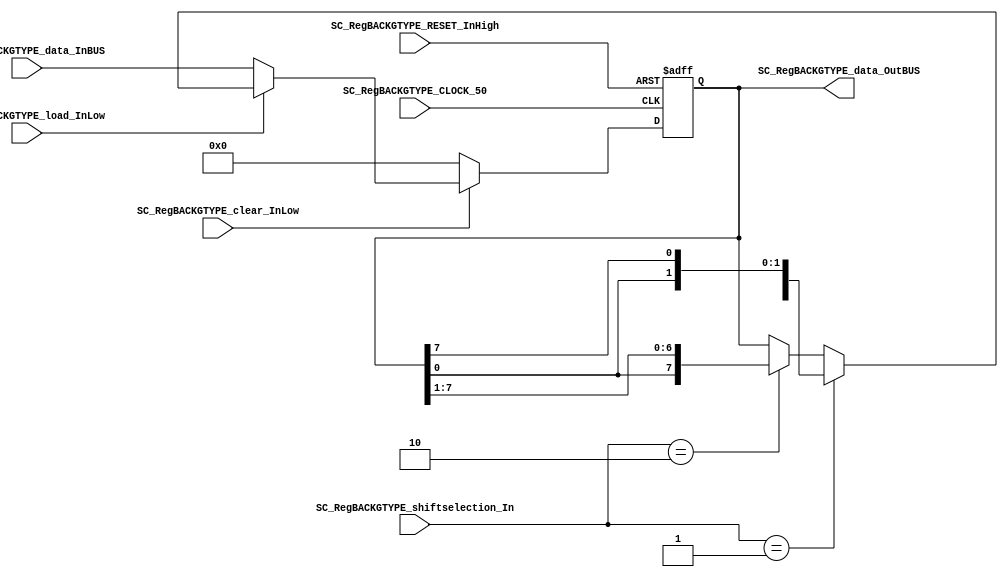
/*######################################################################
//#	G0B1T: HDL EXAMPLES. 2018.
//######################################################################
//# Copyright (C) 2018. F.E.Segura-Quijano (FES) fsegura@uniandes.edu.co
//# 
//# This program is free software: you can redistribute it and/or modify
//# it under the terms of the GNU General Public License as published by
//# the Free Software Foundation, version 3 of the License.
//#
//# This program is distributed in the hope that it will be useful,
//# but WITHOUT ANY WARRANTY; without even the implied warranty of
//# MERCHANTABILITY or FITNESS FOR A PARTICULAR PURPOSE.  See the
//# GNU General Public License for more details.
//#
//# You should have received a copy of the GNU General Public License
//# along with this program.  If not, see <http://www.gnu.org/licenses/>
//####################################################################*/
//=======================================================
//  MODULE Definition
//=======================================================
module SC_RegBACKGTYPE_07 #(parameter RegBACKGTYPE_DATAWIDTH=8, parameter DATA_FIXED_INITREGBACKG=8'b00000000)(
	//////////// OUTPUTS //////////
	SC_RegBACKGTYPE_data_OutBUS,
	//////////// INPUTS //////////
	SC_RegBACKGTYPE_CLOCK_50,
	SC_RegBACKGTYPE_RESET_InHigh,
	SC_RegBACKGTYPE_clear_InLow, 
	SC_RegBACKGTYPE_load_InLow, 
	SC_RegBACKGTYPE_shiftselection_In,
	SC_RegBACKGTYPE_data_InBUS
);
//=======================================================
//  PARAMETER declarations
//=======================================================

//=======================================================
//  PORT declarations
//=======================================================
output		[RegBACKGTYPE_DATAWIDTH-1:0]	SC_RegBACKGTYPE_data_OutBUS;
input		SC_RegBACKGTYPE_CLOCK_50;
input		SC_RegBACKGTYPE_RESET_InHigh;
input		SC_RegBACKGTYPE_clear_InLow;
input		SC_RegBACKGTYPE_load_InLow;	
input		[1:0] SC_RegBACKGTYPE_shiftselection_In;
input		[RegBACKGTYPE_DATAWIDTH-1:0]	SC_RegBACKGTYPE_data_InBUS;

//=======================================================
//  REG/WIRE declarations
//=======================================================
reg [RegBACKGTYPE_DATAWIDTH-1:0] RegBACKGTYPE_Register;
reg [RegBACKGTYPE_DATAWIDTH-1:0] RegBACKGTYPE_Signal;
//=======================================================
//  Structural coding
//=======================================================
//INPUT LOGIC: COMBINATIONAL
always @(*)
begin
	if (SC_RegBACKGTYPE_clear_InLow == 1'b0)
		RegBACKGTYPE_Signal = DATA_FIXED_INITREGBACKG;
	else if (SC_RegBACKGTYPE_load_InLow == 1'b0)
		RegBACKGTYPE_Signal = SC_RegBACKGTYPE_data_InBUS;
	else if (SC_RegBACKGTYPE_shiftselection_In == 2'b01)
		RegBACKGTYPE_Signal = {RegBACKGTYPE_Register[RegBACKGTYPE_DATAWIDTH-2:0],RegBACKGTYPE_Register[RegBACKGTYPE_DATAWIDTH-1]};
	else if (SC_RegBACKGTYPE_shiftselection_In== 2'b10)
		RegBACKGTYPE_Signal = {RegBACKGTYPE_Register[0],RegBACKGTYPE_Register[RegBACKGTYPE_DATAWIDTH-1:1]};
	else
		RegBACKGTYPE_Signal = RegBACKGTYPE_Register;
	end	
//STATE REGISTER: SEQUENTIAL
always @(posedge SC_RegBACKGTYPE_CLOCK_50, posedge SC_RegBACKGTYPE_RESET_InHigh)
begin
	if (SC_RegBACKGTYPE_RESET_InHigh == 1'b1)
		RegBACKGTYPE_Register <= 0;
	else
		RegBACKGTYPE_Register <= RegBACKGTYPE_Signal;
end
//=======================================================
//  Outputs
//=======================================================
//OUTPUT LOGIC: COMBINATIONAL
assign SC_RegBACKGTYPE_data_OutBUS = RegBACKGTYPE_Register;

endmodule